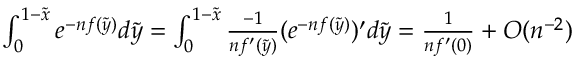
\begin{array} { r l } & { \int _ { 0 } ^ { 1 - { \tilde { x } } } e ^ { - n f ( { \tilde { y } } ) } d { \tilde { y } } = \int _ { 0 } ^ { 1 - { \tilde { x } } } \frac { - 1 } { n f ^ { \prime } ( { \tilde { y } } ) } ( e ^ { - n f ( { \tilde { y } } ) } ) ^ { \prime } d { \tilde { y } } = \frac { 1 } { n f ^ { \prime } ( 0 ) } + O ( n ^ { - 2 } ) } \end{array}